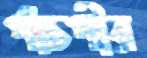
পাঁচপীর